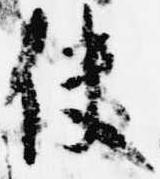
使